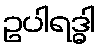
ဥပါရဒ္ဓါ